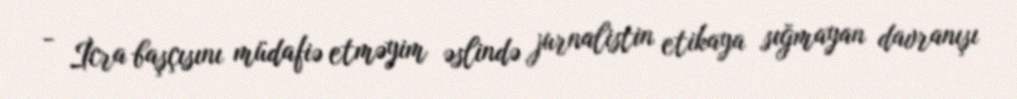
- İcra başçısını müdafiə etməyim əslində jurnalistin etikaya sığmayan davranışı